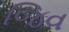
જિવ